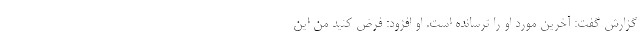
گزارش گفت: آخرین مورد او را ترسانده است. او افزود: فرض کنید من این